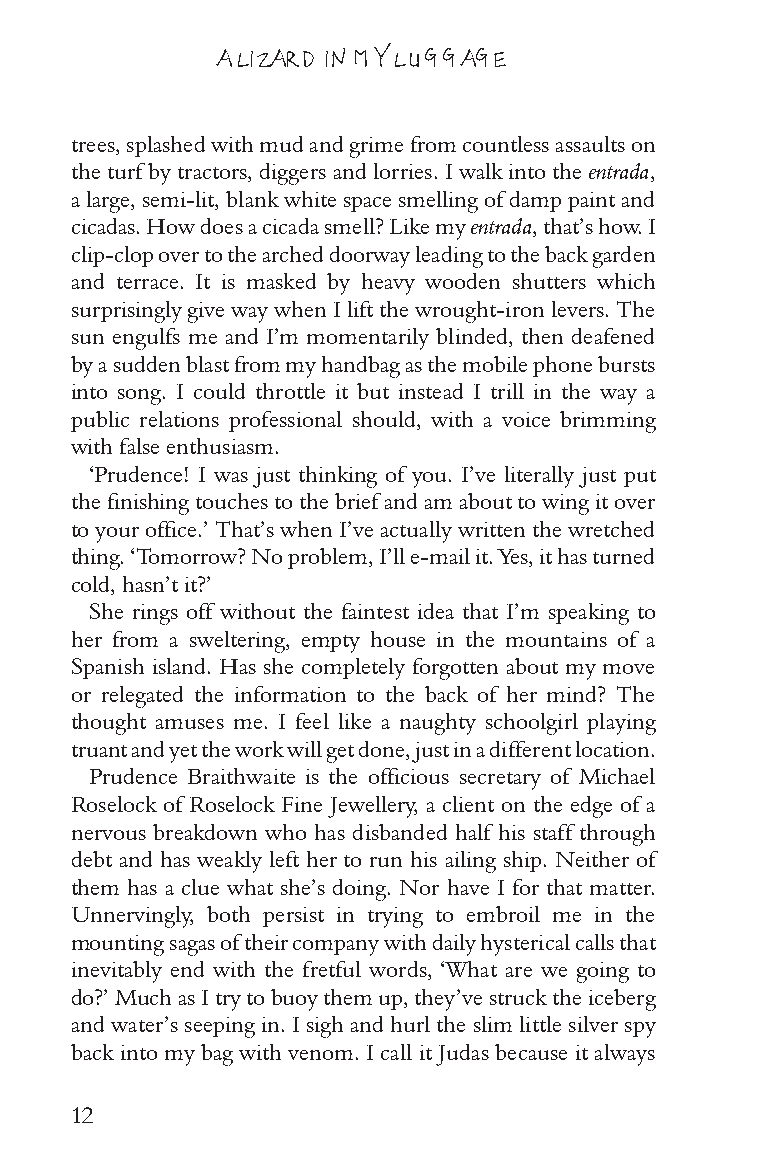
A LIZARD IN MY LUGGAGE
 trees, splashed with mud and grime from countless assaults on
 the turf by tractors, diggers and lorries. I walk into the entrada,
 a large, semi-lit, blank white space smelling of damp paint and
 cicadas. How does a cicada smell? Like my entrada, that’s how. I
 clip-clop over to the arched doorway leading to the back garden
 and terrace. It is masked by heavy wooden shutters which
 surprisingly give way when I lift the wrought-iron levers. The
 sun engulfs me and I’m momentarily blinded, then deafened
 by a sudden blast from my handbag as the mobile phone bursts
 into song. I could throttle it but instead I trill in the way a
 public relations professional should, with a voice brimming
 with false enthusiasm.
 ‘Prudence! I was just thinking of you. I’ve literally just put
 the finishing touches to the brief and am about to wing it over
 to your office.’ That’s when I’ve actually written the wretched
 thing. ‘Tomorrow? No problem, I’ll e-mail it. Yes, it has turned
 cold, hasn’t it?’
 She rings off without the faintest idea that I’m speaking to
 her from a sweltering, empty house in the mountains of a
 Spanish island. Has she completely forgotten about my move
 or relegated the information to the back of her mind? The
 thought amuses me. I feel like a naughty schoolgirl playing
 truant and yet the work will get done, just in a different location.
 Prudence Braithwaite is the officious secretary of Michael
 Roselock of Roselock Fine Jewellery, a client on the edge of a
 nervous breakdown who has disbanded half his staff through
 debt and has weakly left her to run his ailing ship. Neither of
 them has a clue what she’s doing. Nor have I for that matter.
 Unnervingly, both persist in trying to embroil me in the
 mounting sagas of their company with daily hysterical calls that
 inevitably end with the fretful words, ‘What are we going to
 do?’ Much as I try to buoy them up, they’ve struck the iceberg
 and water’s seeping in. I sigh and hurl the slim little silver spy
 back into my bag with venom. I call it Judas because it always
 12